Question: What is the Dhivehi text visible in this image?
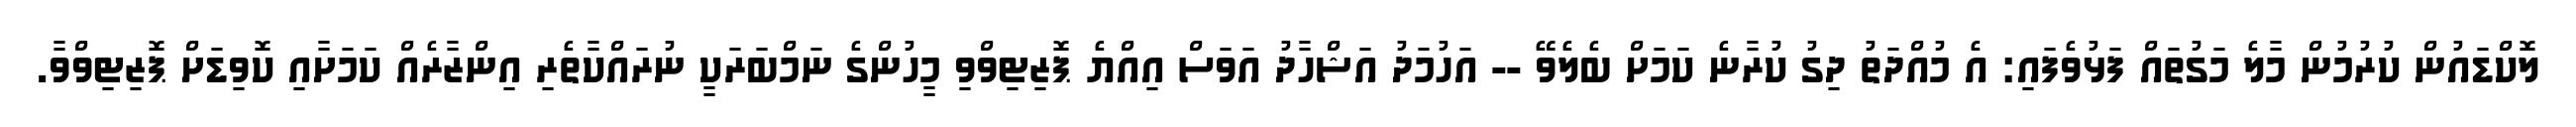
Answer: ލޮކްޑައުން ކުރުމުން މާލެ މަގުތައް ފަޅުވެފައި: އެ މުއްދަތު ދިގު ކުރާނެ ކަމަށް ބެލެވޭ -- އަހުމަދު އަޝްހާދު އަވަސް އިއްޔެ ޕޮޒިޓިވްވި މީހުންގެ ނަމްބަރަކީ ނުރައްކާތެރި އިންޒާރެއް ކަމަށާއި ކޮވިޑަށް ޕޮޒިޓިވްވާ.